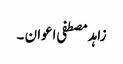
زاہد مصطفی اعوان ۔